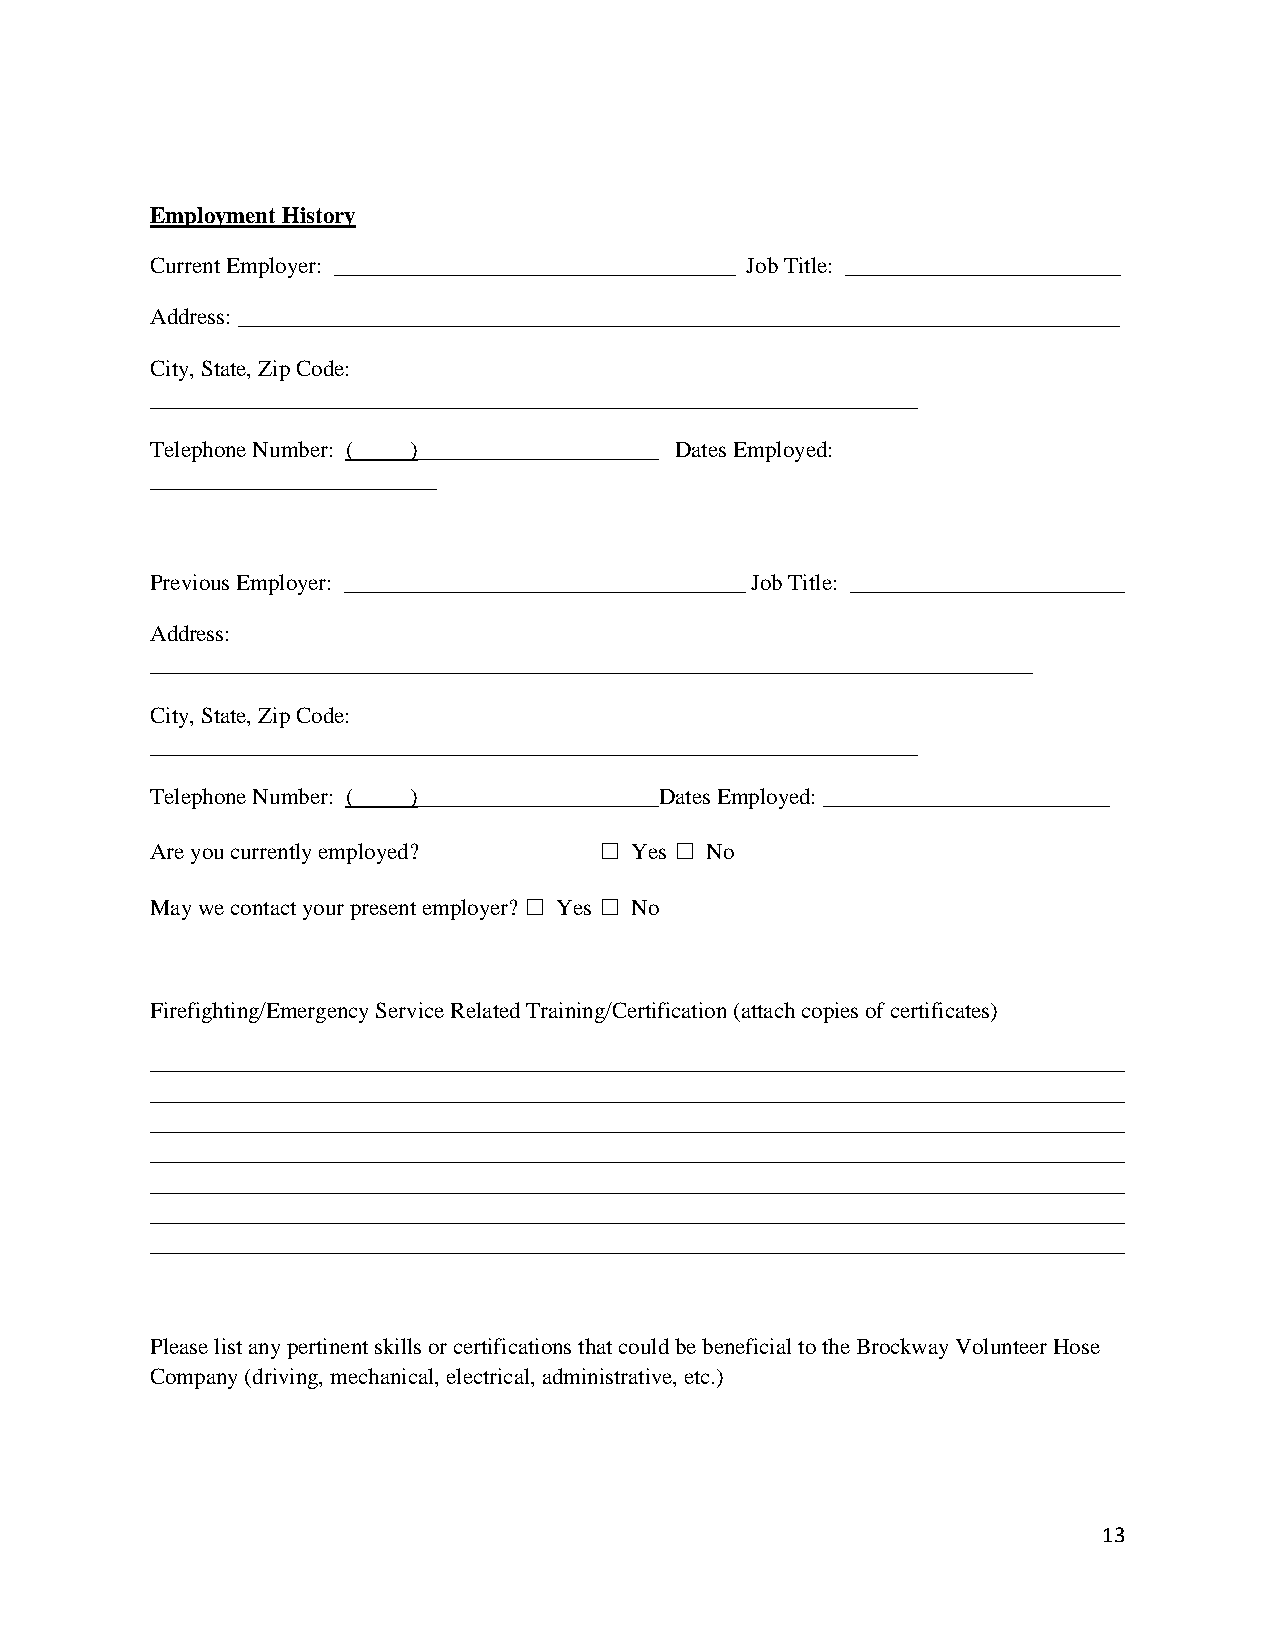
Employment History
 Current Employer: ___________________________________ Job Title: ________________________
 Address: _____________________________________________________________________________
 City, State, Zip Code:
 ___________________________________________________________________
 Telephone Number: ( )_____________________ Dates Employed:
 _________________________
 Previous Employer: ___________________________________ Job Title: ________________________
 Address:
 _____________________________________________________________________________
 City, State, Zip Code:
 ___________________________________________________________________
 Telephone Number: ( )_____________________Dates Employed: _________________________
 Are you currently employed?   ☐ Yes ☐ No
 May we contact your present employer? ☐ Yes ☐ No
 Firefighting/Emergency Service Related Training/Certification (attach copies of certificates)
 _____________________________________________________________________________________
 _____________________________________________________________________________________
 _____________________________________________________________________________________
 _____________________________________________________________________________________
 _____________________________________________________________________________________
 _____________________________________________________________________________________
 _____________________________________________________________________________________
 Please list any pertinent skills or certifications that could be beneficial to the Brockway Volunteer Hose
 Company (driving, mechanical, electrical, administrative, etc.)
 13